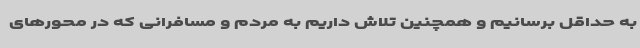
به حداقل برسانیم و همچنین تلاش داریم به مردم و مسافرانی که در محورهای